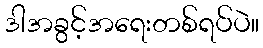
ဒါအခွင့်အရေးတစ်ရပ်ပဲ။